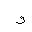
Letter: _waw